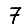
Digit: 7